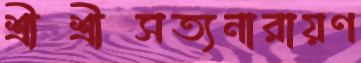
শ্রীশ্রীসত্যনারায়ণ